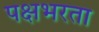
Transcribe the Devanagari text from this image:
पक्षभरता